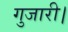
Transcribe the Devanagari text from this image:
गुजारी।